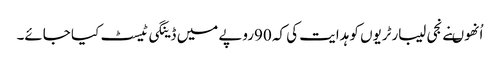
اُنھوںنے نجی لیبارٹریوں کو ہدایت کی کہ 90روپے میں ڈینگی ٹیسٹ کیا جائے۔